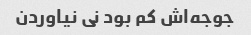
جوجه‌اش کم بود نی نیاوردن